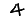
Digit: 4